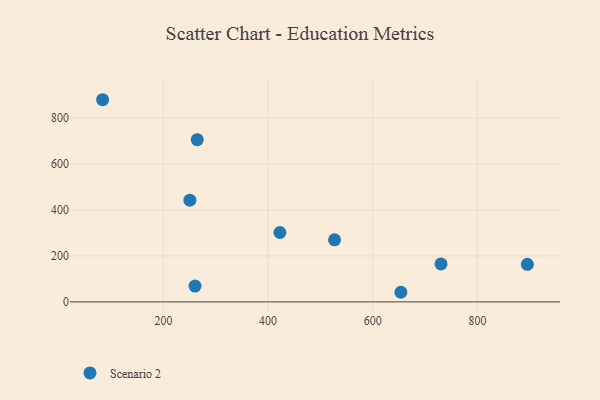
{"axis": {"x": "Speed", "y": "Salary"}, "legend": ["Scenario 2"], "data": [{"x": "895.5", "y": 163.5, "type": "Scenario 2"}, {"x": "260.4", "y": 68.6, "type": "Scenario 2"}, {"x": "83.9", "y": 880.4, "type": "Scenario 2"}, {"x": "730.5", "y": 165.4, "type": "Scenario 2"}, {"x": "250.6", "y": 442.8, "type": "Scenario 2"}, {"x": "653.8", "y": 41.8, "type": "Scenario 2"}, {"x": "527.0", "y": 270.1, "type": "Scenario 2"}, {"x": "422.6", "y": 302.1, "type": "Scenario 2"}, {"x": "264.7", "y": 706.4, "type": "Scenario 2"}]}